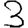
Digit: 3